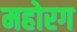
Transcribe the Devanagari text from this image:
महोरग